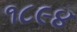
૧૮૯૪